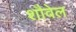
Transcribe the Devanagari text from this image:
शौवेल